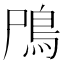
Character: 鳲